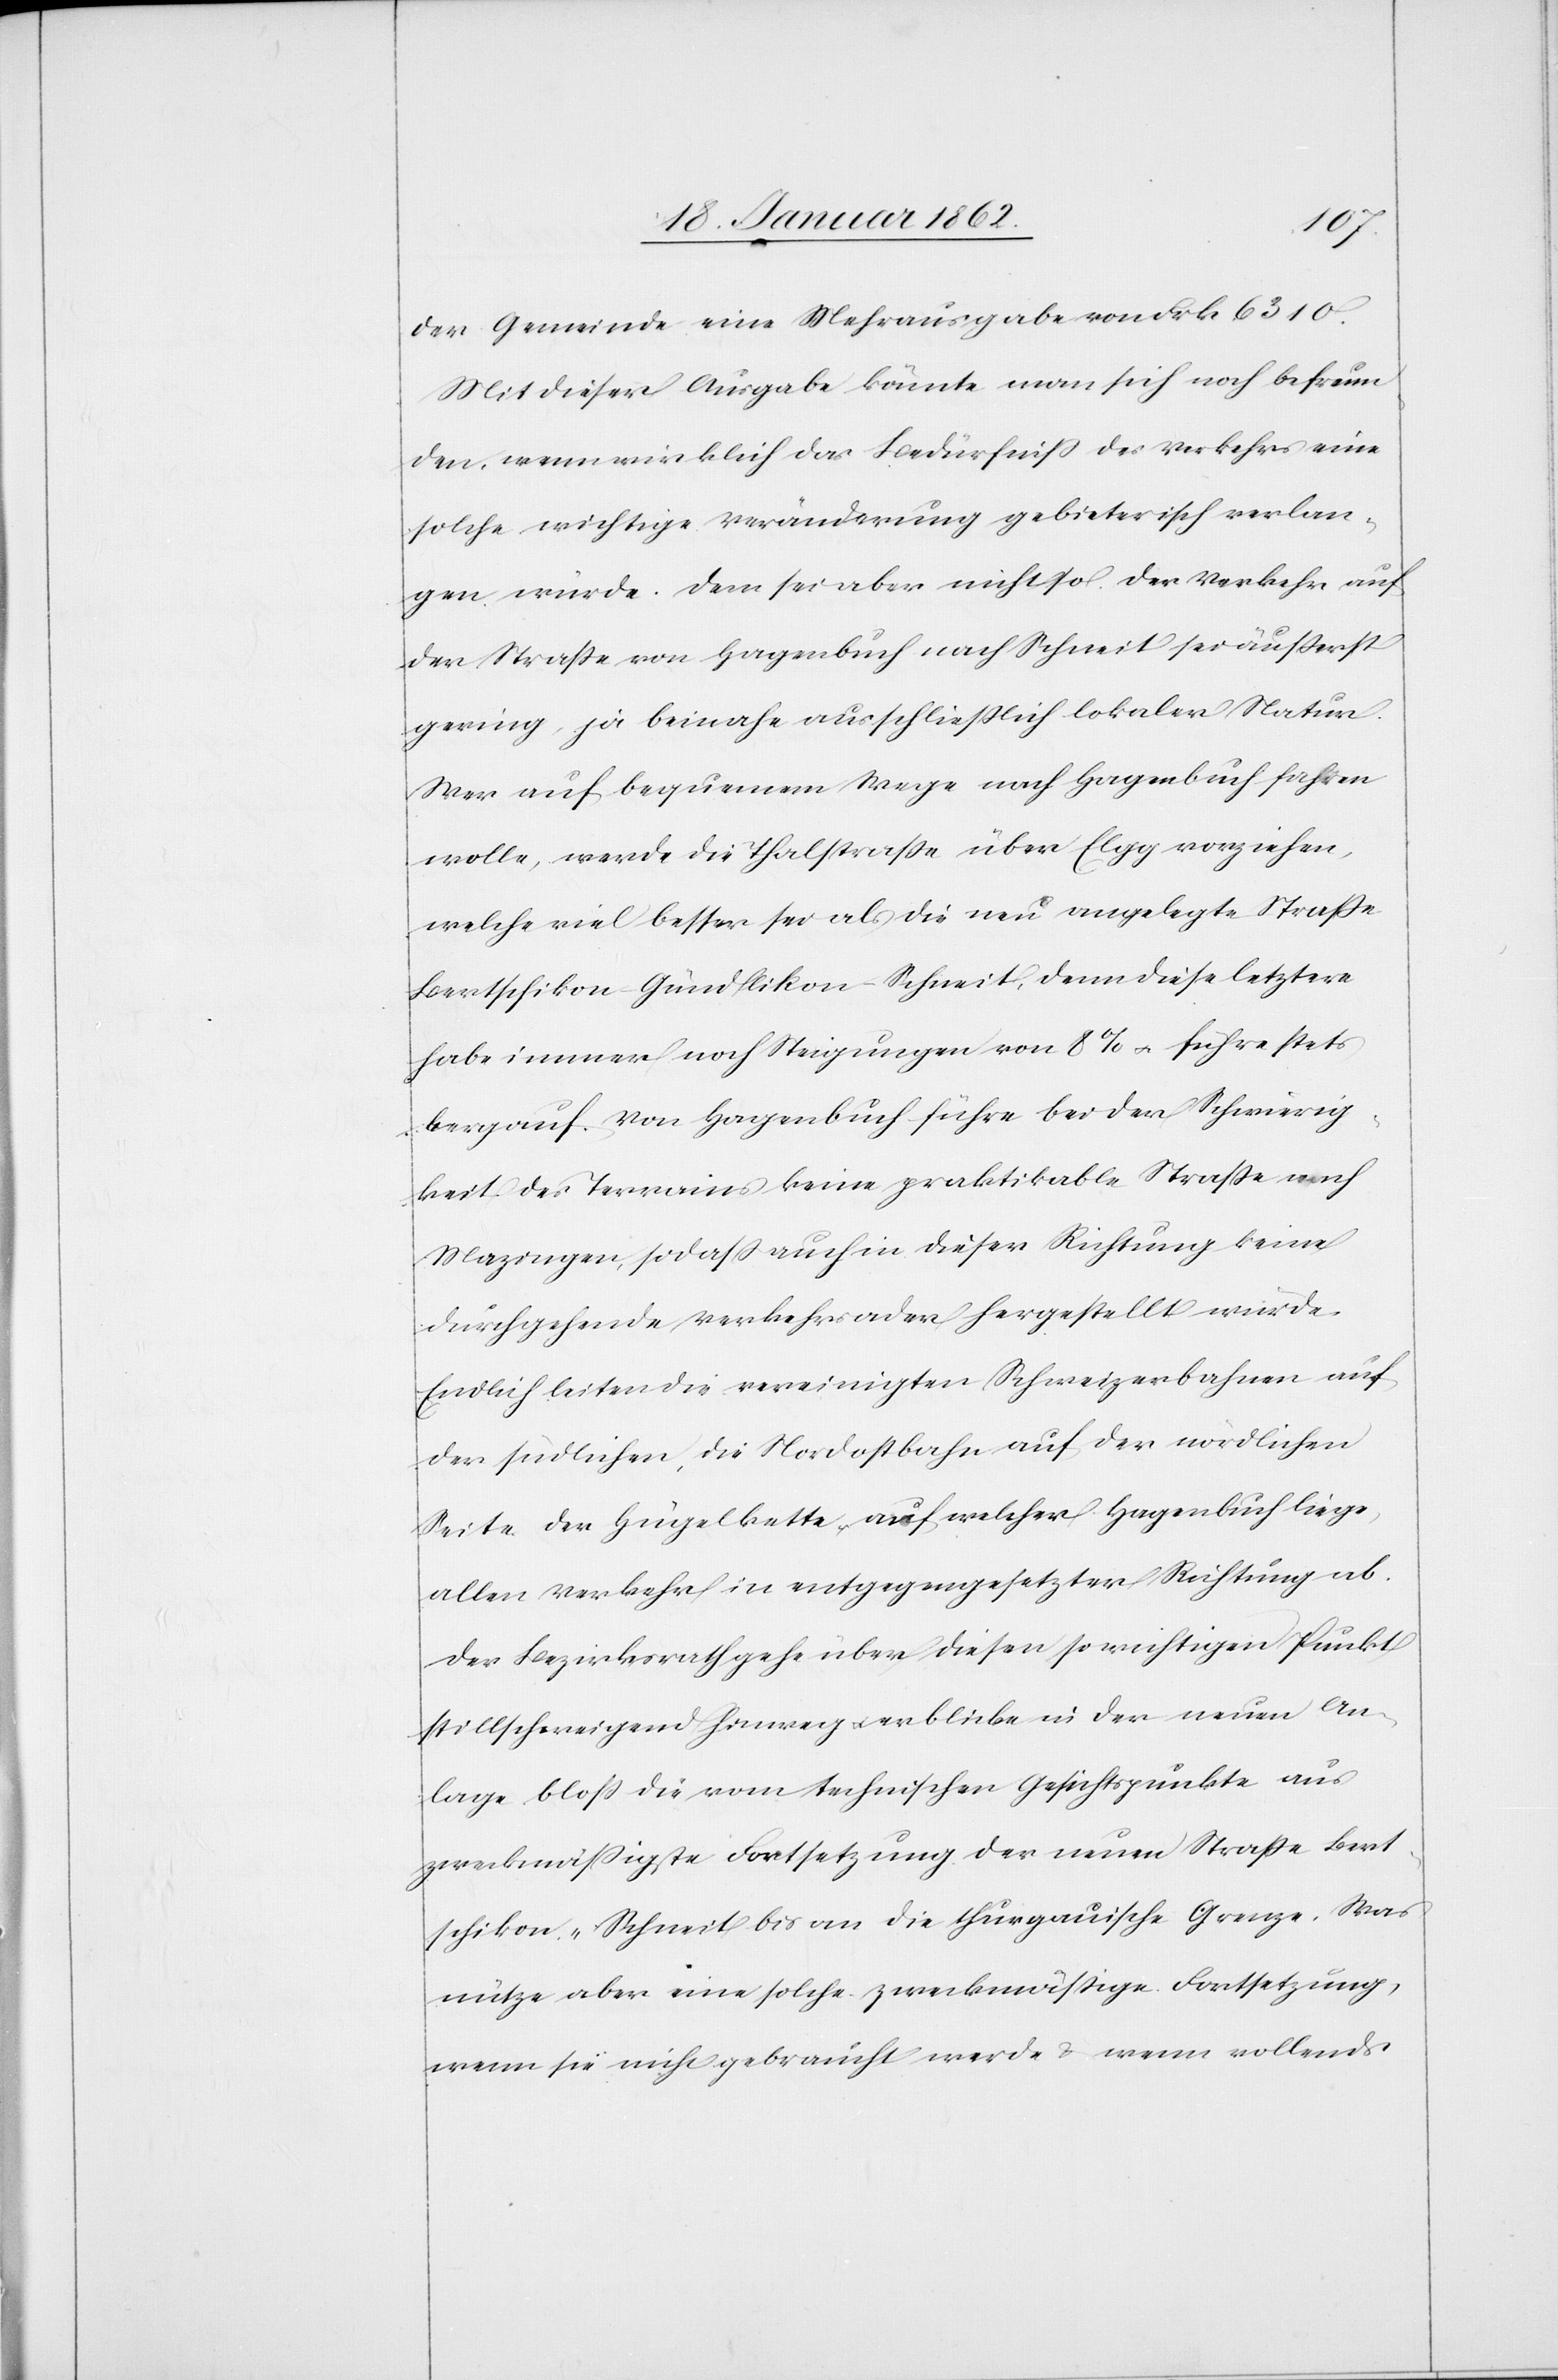
der Gemeinde eine Mehrausgabe von Frk 6310.
Mit dieser Ausgabe könnte man sich noch befreun¬
den, wenn wirklich das Bedürfniß des Verkehrs eine
solche wichtige Veränderung gebieterisch verlan¬
gen würde. Dem sei aber nicht so. Der Verkehr auf
der Straße von Hagenbuch nach Schneit sei äußerst
gering, ja beinahe ausschließlich lokaler Natur.
Wer auf bequemem Wege nach Hagenbuch fahren
wolle, werde die Thalstraße über Elgg vorziehen,
welche viel besser sei als die neu angelegte Straße
Bertschikon–Gündlikon–Schneit, denn diese letztere
habe immer noch Steigungen von 8% u. führe stets
bergauf. Von Hagenbuch führe bei der Schwierig¬
keit des Terrains keine praktikable Straße nach
Mazingen, so daß auch in dieser Richtung keine
durchgehende Verkehrsader hergestellt wurde.
Endlich leiten die vereinigten Schweizerbahnen auf
der südlichen, die Nordostbahn auf der nördlichen
Seite der Hügelkette, auf welcher Hagenbuch liege,
allen Verkehr in entgegengesetzter Richtung ab.
Der Bezirksrath gehe über diesen so wichtigen Punkt
stillschweigend hinweg u. erblicke in der neuen An¬
lage bloß die vom technischen Gesichtspunkte aus
zweckmäßigste Fortsetzung der neuen Straße Bert¬
schikon–Schneit bis an die thurgauische Grenze. Was
nütze aber eine solche zweckmäßige Fortsetzung,
wenn sie nicht gebraucht werde u. wenn vollends